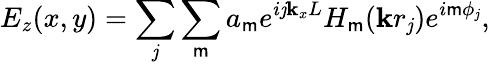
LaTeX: E_{z}(x,y)=\sum_{\mathit{j}}\sum_{\mathsf{m}}a_{\mathsf{m}}e^{i\mathit{j}\mathbf{k}_{x}L}H_{\mathsf{m}}(\mathbf{k}r_{\mathit{j}})e^{i\mathsf{m}\phi_{\mathit{j}}},